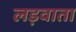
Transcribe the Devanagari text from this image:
लड़वाता